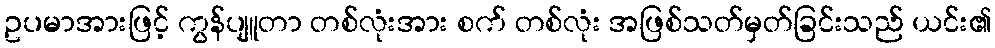
ဥပမာအားဖြင့် ကွန်ပျူတာ တစ်လုံးအား စက် တစ်လုံး အဖြစ်သတ်မှတ်ခြင်းသည် ယင်း၏